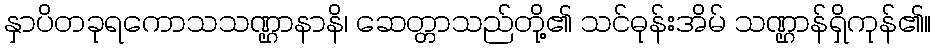
နှာပိတခုရကောသသဏ္ဌာနာနိ၊ ဆေတ္တာသည်တို့၏ သင်ဓုန်းအိမ် သဏ္ဌာန်ရှိကုန်၏။